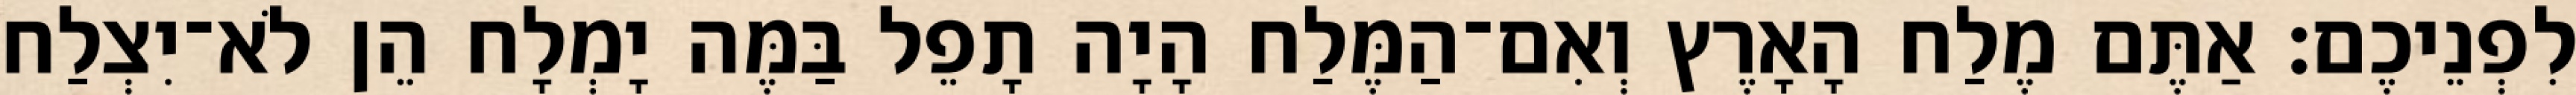
לִפְנֵיכֶם׃ אַתֶּם מֶלַח הָאָרֶץ וְאִם־הַמֶּלַח הָיָה תָפֵל בַּמֶּה יָמְלָח הֵן לֹא־יִצְלַח